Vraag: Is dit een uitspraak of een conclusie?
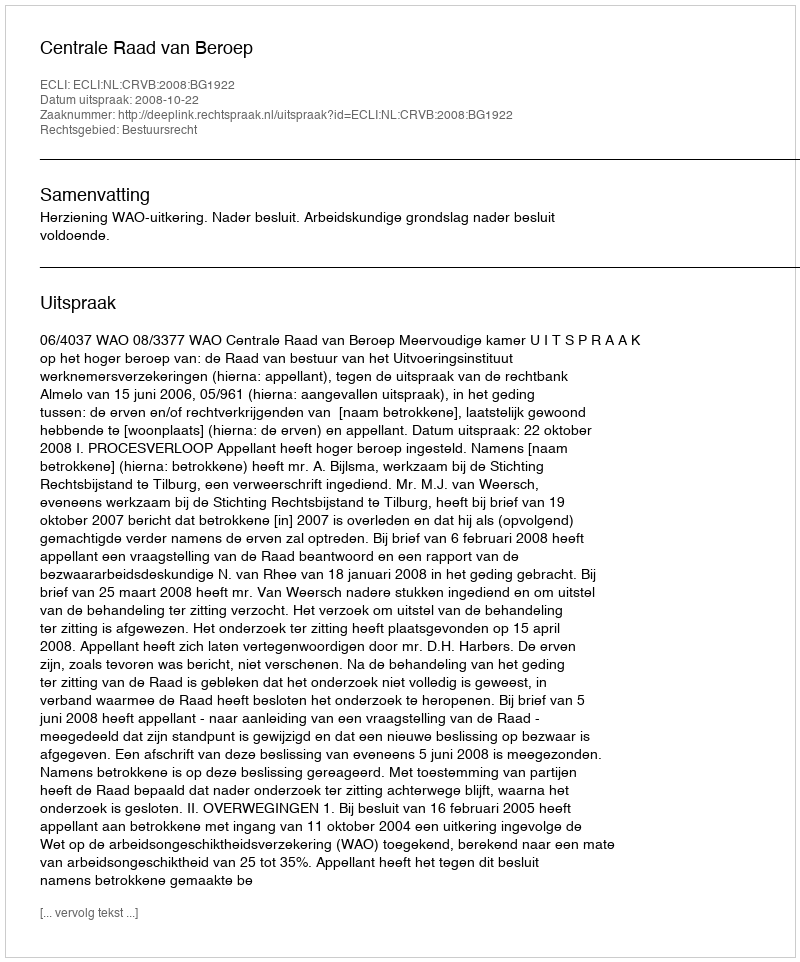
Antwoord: Uitspraak